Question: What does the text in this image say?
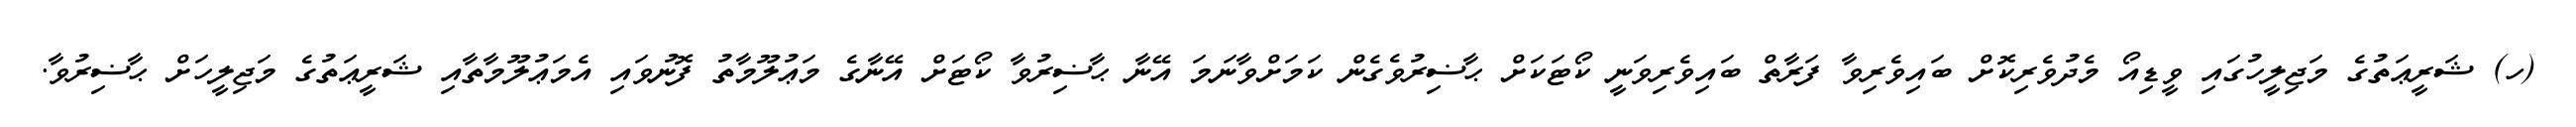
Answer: (ހ) ޝަރީޢަތުގެ މަޖިލީހުގައި ވީޑިއޯ މެދުވެރިކޮށް ބައިވެރިވާ ފަރާތް ބައިވެރިވަނީ ކޯޓަކަށް ޙާޟިރުވެގެން ކަމަށްވާނަމަ އޭނާ ޙާޟިރުވާ ކޯޓަށް އޭނާގެ މަޢުލޫމާތު ފޮނުވައި އެމަޢުލޫމާތާއި ޝަރީޢަތުގެ މަޖިލީހަށް ޙާޟިރުވާ.